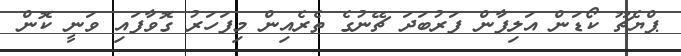
ޕްޔެޗޫ ކޯޑަން އަލިފާން ފަރުބަދަ ޗޭނުގެ ތެރެއިން މިފަހަރު ގޮވާފައި ވަނީ ކޮން